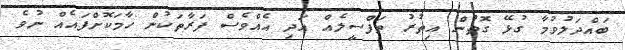
ބައްދަލުވުމާ ގުޅޭ ގޮތުން އިތުރު ތަފްސީލެއް އަދި އެއްވެސް ފަރާތަކުން ހާމަކޮށްފައެއް ނުވެ